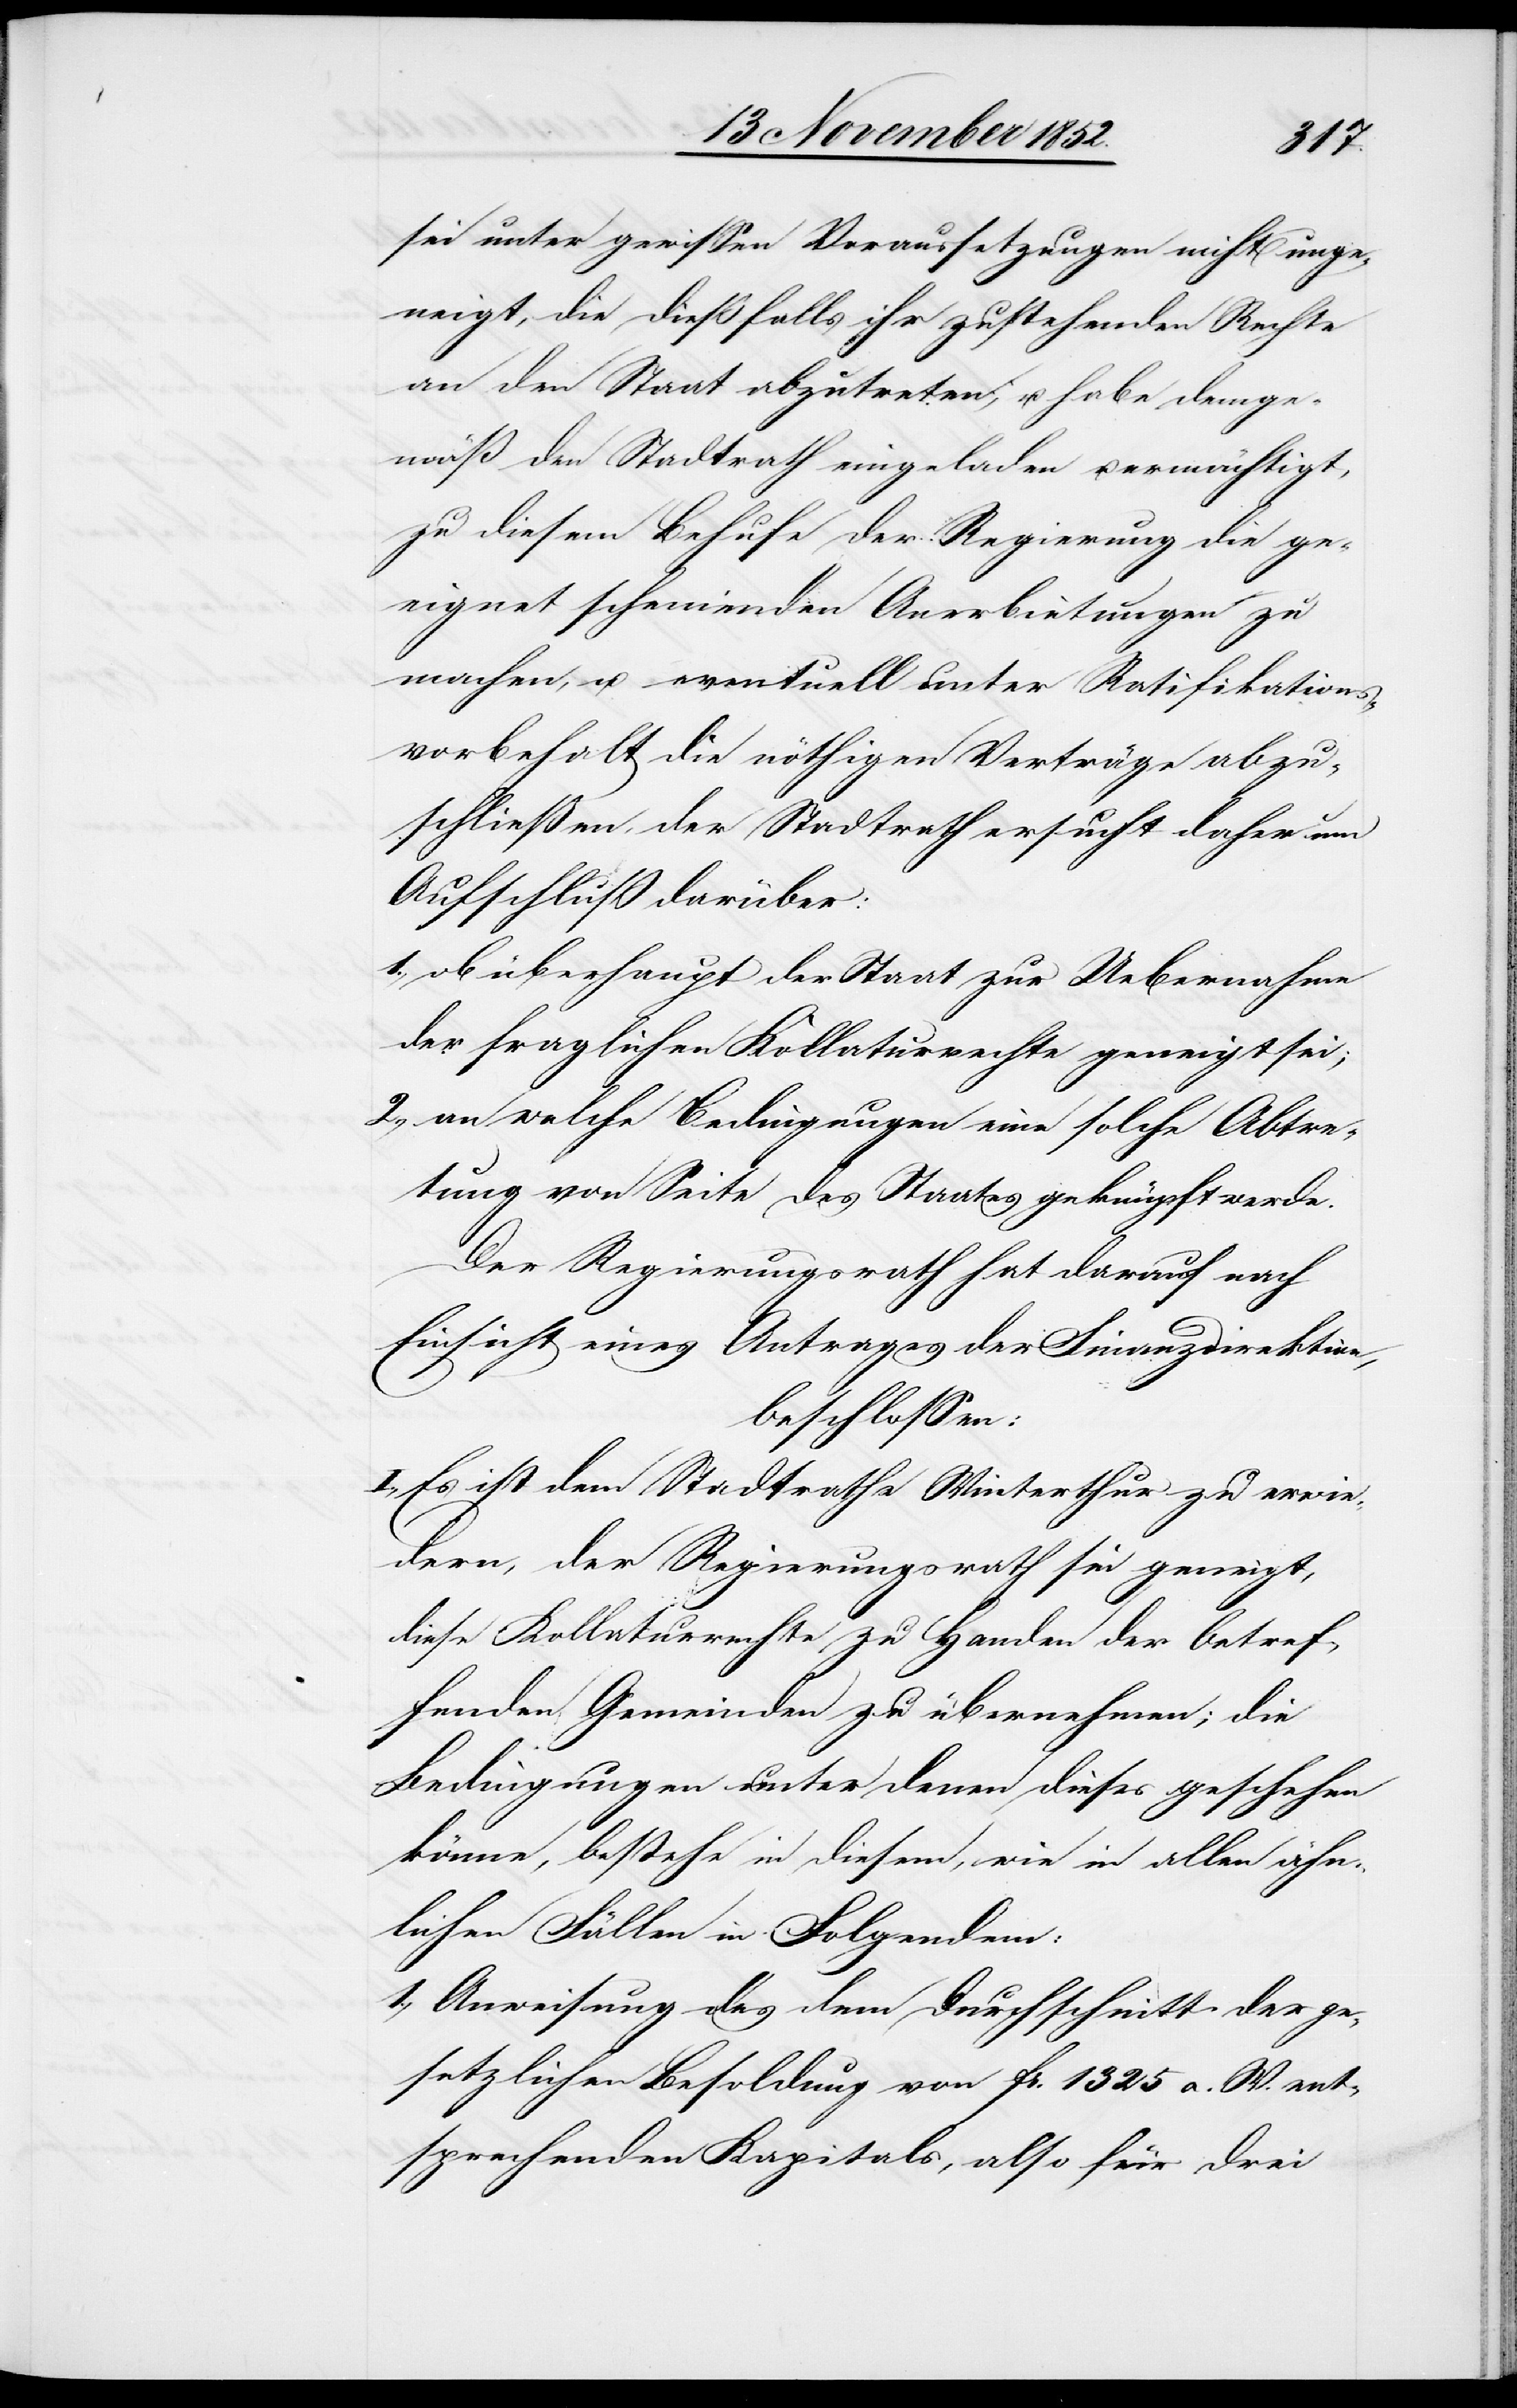
sei unter gewissen Voraussetzungen nicht unge¬
neigt, die dießfalls ihr zustehenden Rechte
an den Staat abzutreten, u. habe demge¬
mäß den Stadtrath eingeladen u. ermächtigt,
zu diesem Behufe der Regierung die ge¬
eignet scheinenden Anerbietungen zu
machen, u. eventuell unter Ratifikations¬
vorbehalt die nöthigen Verträge abzu¬
schließen, der Stadtrath ersucht daher um
Aufschluß darüber:
ob überhaupt der Staat zur Uebernahme
der fraglichen Kollaturrechte geneigt sei;
an welche Bedingungen eine solche Abtre¬
tung von Seite des Staates geknüpft werde.
Der Regierungsrath hat darauf nach
Einsicht eines Antrages der Finanzdirektion,
beschlossen:
I., Es ist dem Stadtrathe Winterthur zu erwie¬
dern, der Regierungsrath sei geneigt,
diese Kollaturrechte zu Handen der betref¬
fenden Gemeinden zu übernehmen; die
Bedingungen unter denen dieses geschehen
könne, bestehe[n] in diesem, wie in allen ähn¬
lichen Fällen in Folgendem:
Anweisung des dem Durchschnitt der ge¬
setzlichen Besoldung von Fr. 1325 a. W. ent¬
sprechenden Kapitals, also für drei